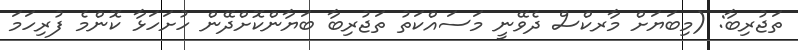
ތަޖުރިބާ: (މިބަޔަށް މާރކްސް ދެވޭނީ މަސައްކަތު ތަޖުރިބާ ބަޔާންކޮށްދޭން ހުށަހަޅާ ކޮންމެ ފުރިހަމަ